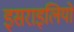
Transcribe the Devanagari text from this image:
इसराइलियों